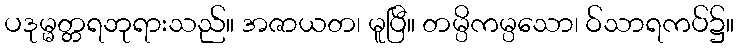
ပဒုမ္မတ္တရဘုရားသည်။ အဇာယတ၊ မူပြီ။ တမ္ပိကမ္ပသော၊ ဝ်သာရကပ်၌။